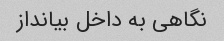
نگاهی به داخل بیانداز